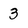
Character: 3